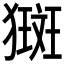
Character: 𤡰